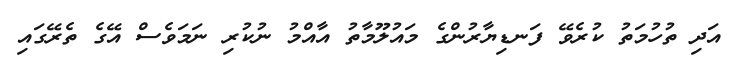
އަދި ތުހުމަތު ކުރެވޭ ފަނޑިޔާރުންގެ މައުލޫމާތު އާއްމު ނުކުރި ނަމަވެސް އޭގެ ތެރޭގައި